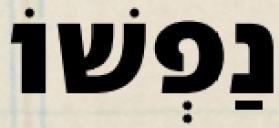
נַפְשׁוֹ